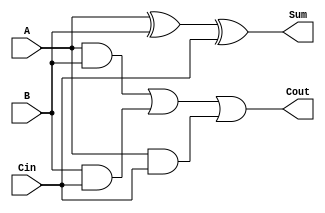
module full_adder (
    input wire A,      // First input bit
    input wire B,      // Second input bit
    input wire Cin,    // Carry-in bit
    output wire Sum,   // Sum output
    output wire Cout   // Carry-out output
);

// Intermediate signals for the sum calculation
wire AxorB;         // A XOR B
wire AxorBxorCin;   // (A XOR B) XOR Cin

// Sum calculation: Sum = A XOR B XOR Cin
assign AxorB = A ^ B;               // First XOR
assign Sum = AxorB ^ Cin;           // Second XOR

// Carry-out calculation: Cout = (A AND B) OR (B AND Cin) OR (A AND Cin)
assign Cout = (A & B) | (B & Cin) | (A & Cin);

endmodule